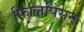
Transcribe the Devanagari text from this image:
फिलिपिंसन